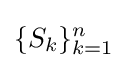
\{S_{k}\}_{k=1}^{n}